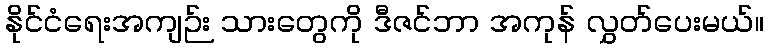
နိုင်ငံရေးအကျဉ်း သားတွေကို ဒီဇင်ဘာ အကုန် လွှတ်ပေးမယ်။